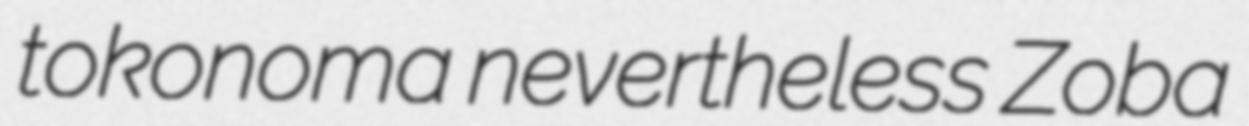
tokonoma nevertheless Zoba